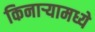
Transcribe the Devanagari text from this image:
किनाऱ्यामध्ये